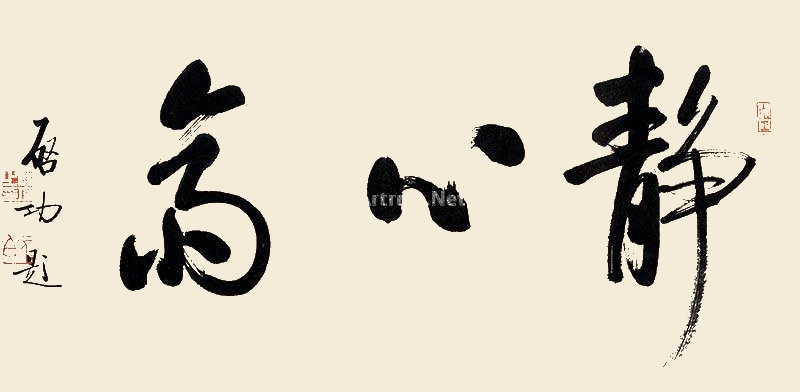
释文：静心斋启功题。